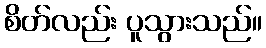
စိတ်လည်း ပူသွားသည်။